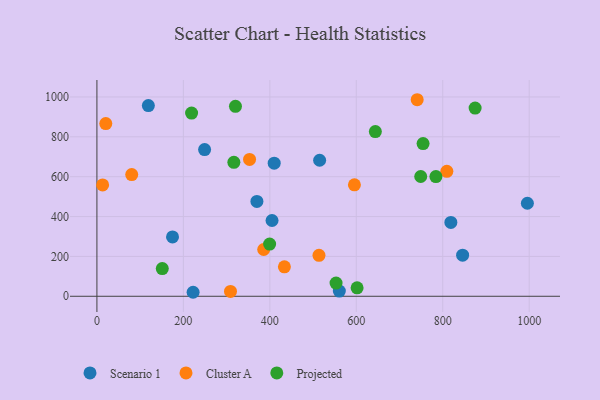
{"axis": {"x": "Investment", "y": "Fuel Efficiency"}, "legend": ["Cluster A", "Projected", "Scenario 1"], "data": [{"x": "846.0", "y": 206.0, "type": "Scenario 1"}, {"x": "515.2", "y": 682.4, "type": "Scenario 1"}, {"x": "119.0", "y": 956.8, "type": "Scenario 1"}, {"x": "370.1", "y": 475.9, "type": "Scenario 1"}, {"x": "560.8", "y": 26.3, "type": "Scenario 1"}, {"x": "995.8", "y": 466.7, "type": "Scenario 1"}, {"x": "249.1", "y": 735.9, "type": "Scenario 1"}, {"x": "818.8", "y": 370.7, "type": "Scenario 1"}, {"x": "174.9", "y": 297.9, "type": "Scenario 1"}, {"x": "410.1", "y": 668.0, "type": "Scenario 1"}, {"x": "405.1", "y": 380.2, "type": "Scenario 1"}, {"x": "222.5", "y": 20.1, "type": "Scenario 1"}, {"x": "595.7", "y": 559.4, "type": "Cluster A"}, {"x": "513.7", "y": 205.7, "type": "Cluster A"}, {"x": "20.5", "y": 866.3, "type": "Cluster A"}, {"x": "13.2", "y": 558.8, "type": "Cluster A"}, {"x": "385.8", "y": 234.6, "type": "Cluster A"}, {"x": "353.1", "y": 686.7, "type": "Cluster A"}, {"x": "309.0", "y": 24.4, "type": "Cluster A"}, {"x": "809.5", "y": 626.8, "type": "Cluster A"}, {"x": "740.9", "y": 986.1, "type": "Cluster A"}, {"x": "80.5", "y": 610.6, "type": "Cluster A"}, {"x": "433.7", "y": 147.9, "type": "Cluster A"}, {"x": "644.1", "y": 826.1, "type": "Projected"}, {"x": "874.9", "y": 944.3, "type": "Projected"}, {"x": "320.5", "y": 952.9, "type": "Projected"}, {"x": "219.0", "y": 919.0, "type": "Projected"}, {"x": "399.5", "y": 262.1, "type": "Projected"}, {"x": "784.2", "y": 600.7, "type": "Projected"}, {"x": "601.9", "y": 42.6, "type": "Projected"}, {"x": "151.2", "y": 139.0, "type": "Projected"}, {"x": "749.1", "y": 601.0, "type": "Projected"}, {"x": "553.2", "y": 66.5, "type": "Projected"}, {"x": "754.5", "y": 766.1, "type": "Projected"}, {"x": "316.8", "y": 672.0, "type": "Projected"}]}